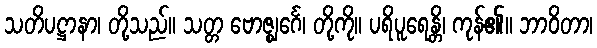
သတိပဋ္ဌာနာ၊ တို့သည်။ သတ္တ ဗောဇ္ဈင်္ဂေ၊ တို့ကို။ ပရိပူရေန္တိ၊ ကုန်၏။ ဘာဝိတာ၊